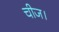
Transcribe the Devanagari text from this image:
चीज।